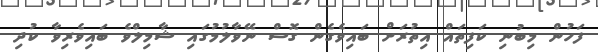
ފަހުން މިބުނި ކަފިތައް އިތުރަށް ބައިވެގެން ގޮސް ނޭވާލުމުގައި ޝާމިލްވެ ބައިވެރިވާ ކުދި